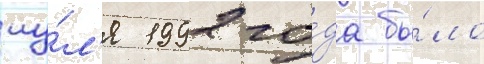
иу́л'я 1992 го́да бы́ло